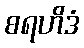
စရဟိဒံ